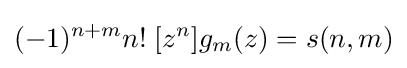
(-1)^{n+m}n!\;[z^{n}]g_{m}(z)=s(n,m)